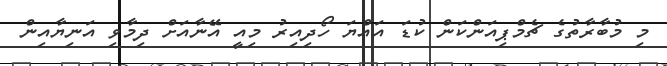
މި މުބާރާތުގެ ޗެމްޕިއަންކަން ކުޑަ އައްޔަ ހޯދިއިރު މިއީ އޭނާއަށް ދިމާވި އަނިޔާއިން